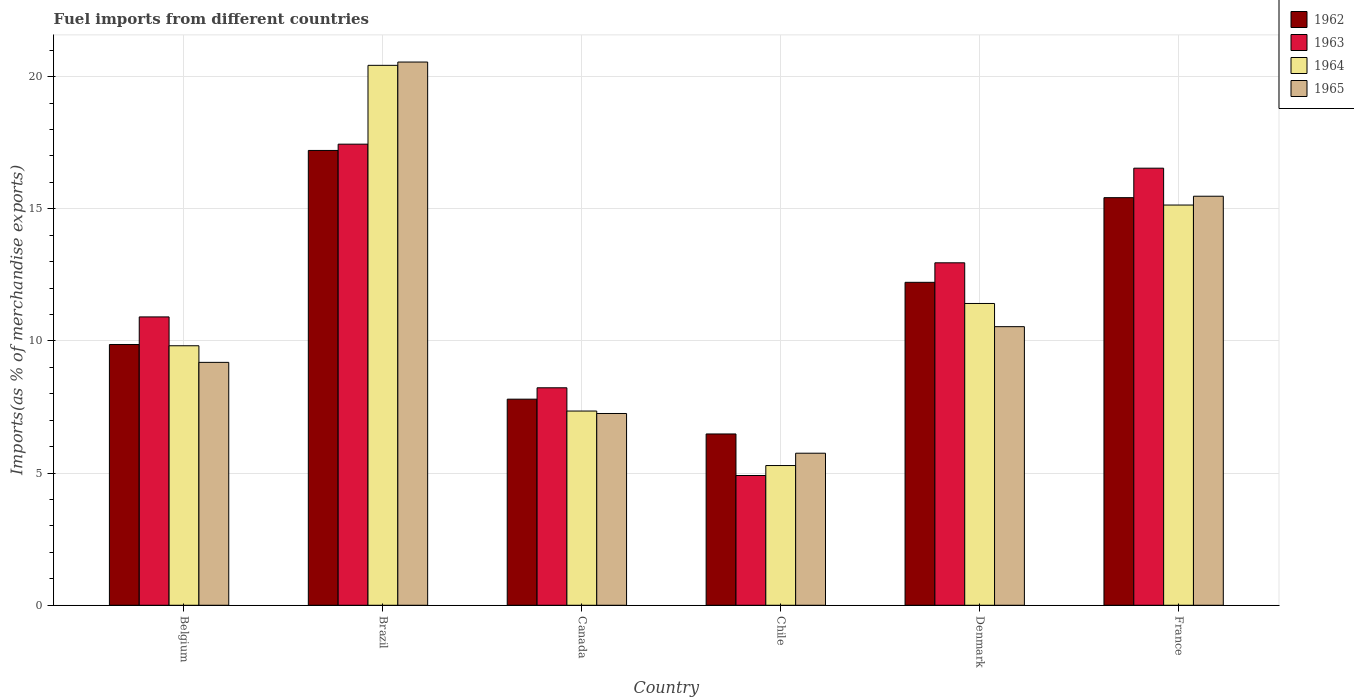
| Country | 1962 | 1963 | 1964 | 1965 |
 | --- | --- | --- | --- | --- |
 | Belgium | 9.87 | 10.9 | 9.82 | 9.19 |
 | Brazil | 17.2 | 17.4 | 20.4 | 20.6 |
 | Canada | 7.8 | 8.23 | 7.35 | 7.26 |
 | Chile | 6.48 | 4.91 | 5.29 | 5.75 |
 | Denmark | 12.2 | 13 | 11.4 | 10.5 |
 | France | 15.4 | 16.5 | 15.1 | 15.5 |